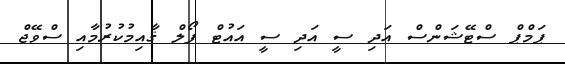
ޕަމްޕް ސްޓޭޝަންސް އަދި ސީ އަދި ސީ އައުޓް ފޯލް ޤާއިމުކުރުމާއި ސްވޭޖް